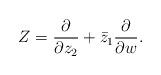
LaTeX: \begin{align*}Z=\frac{\partial}{\partial z_2} + \bar{z}_1 \frac{\partial}{\partial w} .\end{align*}